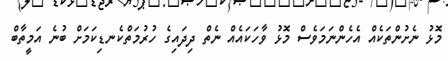
މޮޅު ނެށުންތަކެއް އެހެންނަމަވެސް މޮޅު ވާހަކައެއް ނެތް ދިދައިގެ ހުރުމަތްކެނޑިކަމަށް ބުނެ އަމީތާބް